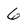
Character: 6